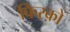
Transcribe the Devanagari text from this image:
फिरक़ों